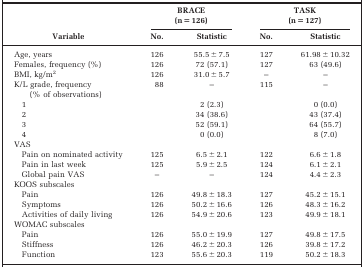
<table><thead><tr><td></td><td colspan="2"><b>BRACE(n = 126)</b></td><td colspan="2"><b>TASK(n = 127)</b></td></tr><tr><td><b>Variable</b></td><td><b>No.</b></td><td><b>Statistic</b></td><td><b>No.</b></td><td><b>Statistic</b></td></tr></thead><tbody><tr><td>Age, years</td><td>126</td><td>55.5 ± 7.5</td><td>127</td><td>61.98 ± 10.32</td></tr><tr><td>Females, frequency (%)</td><td>126</td><td>72 (57.1)</td><td>127</td><td>63 (49.6)</td></tr><tr><td>BMI, kg/m<sup>2</sup></td><td>126</td><td>31.0 ± 5.7</td><td>–</td><td>–</td></tr><tr><td>K/L grade, frequency(% of observations)</td><td>88</td><td>–</td><td>115</td><td>–</td></tr><tr><td>1</td><td></td><td>2 (2.3)</td><td></td><td>0 (0.0)</td></tr><tr><td>2</td><td></td><td>34 (38.6)</td><td></td><td>43 (37.4)</td></tr><tr><td>3</td><td></td><td>52 (59.1)</td><td></td><td>64 (55.7)</td></tr><tr><td>4</td><td></td><td>0 (0.0)</td><td></td><td>8 (7.0)</td></tr><tr><td>VAS</td><td></td><td></td><td></td><td></td></tr><tr><td>Pain on nominated activity</td><td>125</td><td>6.5 ± 2.1</td><td>122</td><td>6.6 ± 1.8</td></tr><tr><td>Pain in last week</td><td>125</td><td>5.9 ± 2.5</td><td>124</td><td>6.1 ± 2.1</td></tr><tr><td>Global pain VAS</td><td>–</td><td>–</td><td>124</td><td>4.4 ± 2.3</td></tr><tr><td>KOOS subscales</td><td></td><td></td><td></td><td></td></tr><tr><td>Pain</td><td>126</td><td>49.8 ± 18.3</td><td>127</td><td>45.2 ± 15.1</td></tr><tr><td>Symptoms</td><td>126</td><td>50.2 ± 16.6</td><td>126</td><td>48.3 ± 16.2</td></tr><tr><td>Activities of daily living</td><td>126</td><td>54.9 ± 20.6</td><td>123</td><td>49.9 ± 18.1</td></tr><tr><td>WOMAC subscales</td><td></td><td></td><td></td><td></td></tr><tr><td>Pain</td><td>126</td><td>55.0 ± 19.9</td><td>127</td><td>49.8 ± 17.5</td></tr><tr><td>Stiffness</td><td>126</td><td>46.2 ± 20.3</td><td>126</td><td>39.8 ± 17.2</td></tr><tr><td>Function</td><td>123</td><td>55.6 ± 20.3</td><td>119</td><td>50.2 ± 18.3</td></tr></tbody></table>